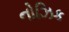
નોઝિક